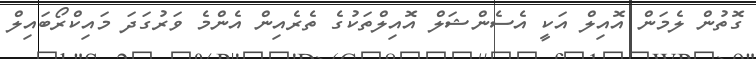
ގޮތުން ލެމަން އޮއިލް އަކީ އެސެންޝަލް އޮއިލްތަކުގެ ތެރެއިން އެންމެ ވަރުގަދަ މައިކްރޯބައިލް